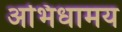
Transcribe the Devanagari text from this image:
अभिधामय